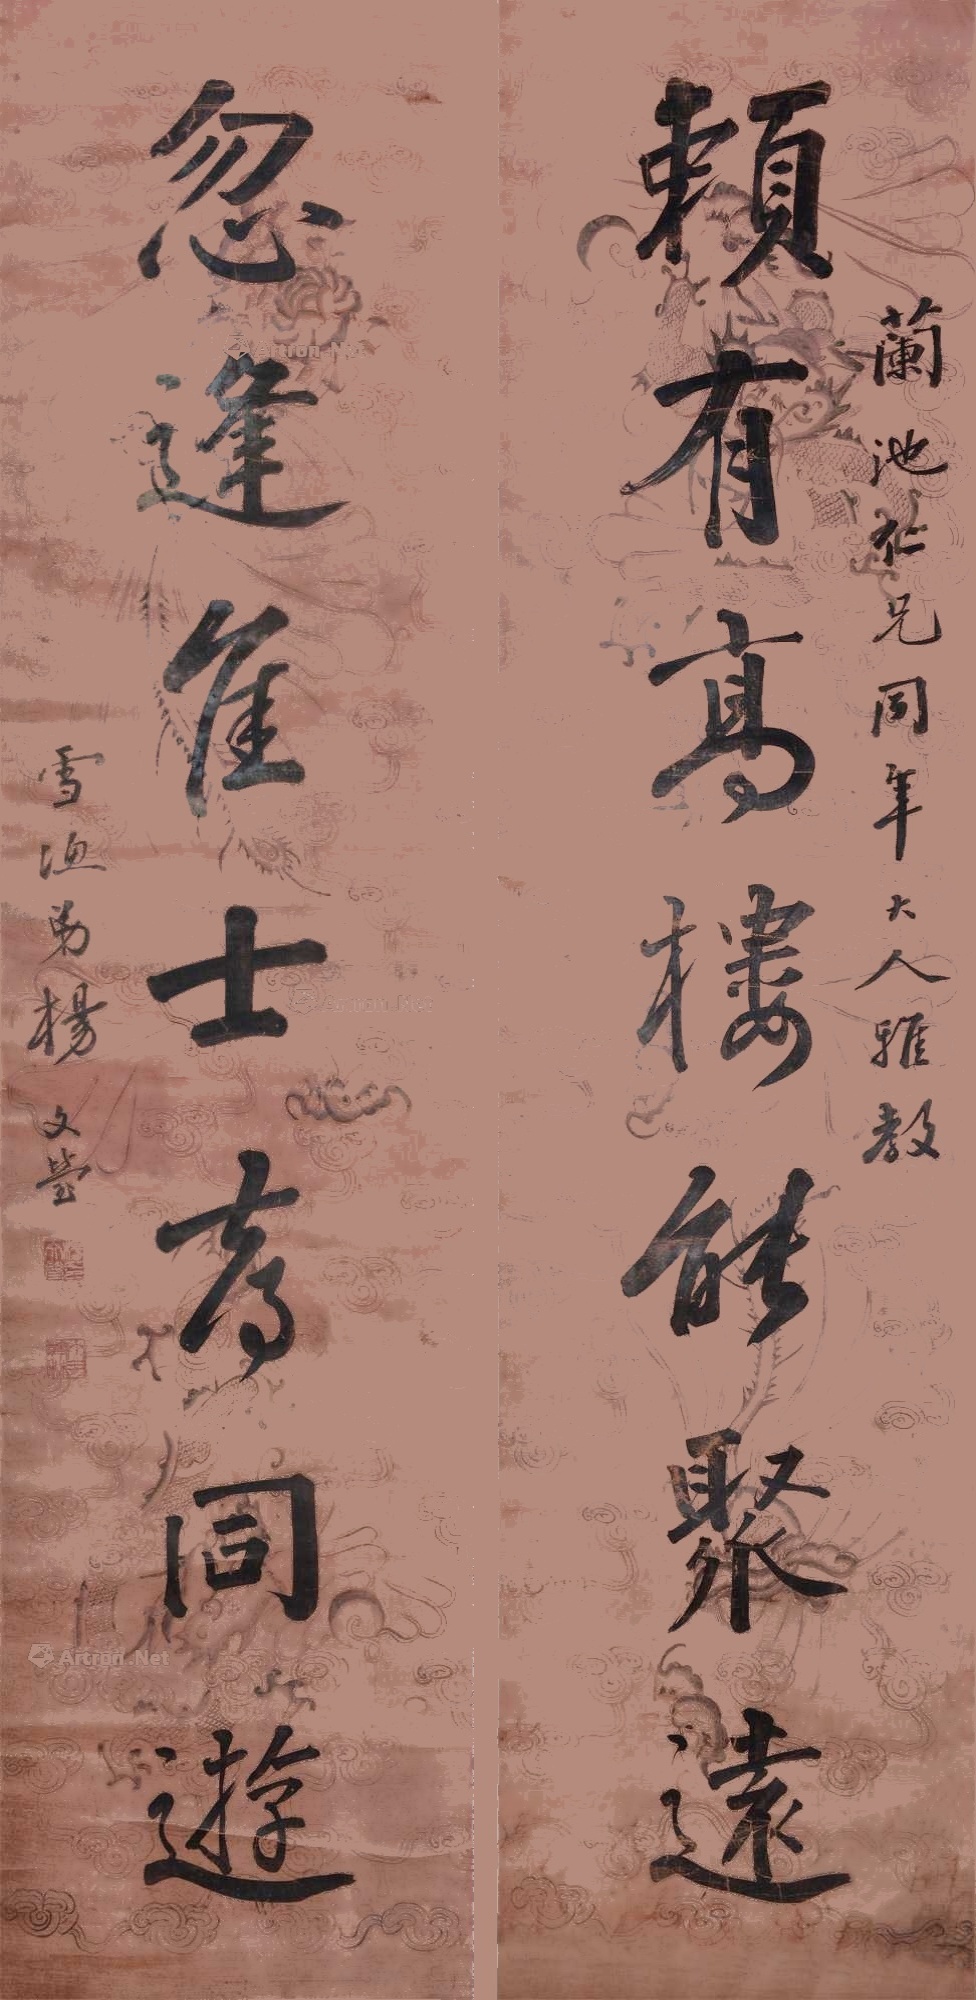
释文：赖有高楼能聚远，忽逢佳士喜同游。兰池仁兄同年大人雅教，雪渔弟杨文莹。